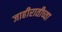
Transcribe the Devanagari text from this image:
जाहीरातीच्या